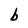
Character: b